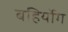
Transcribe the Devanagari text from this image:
बहिर्योग